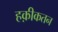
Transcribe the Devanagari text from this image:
हक़ीकतन